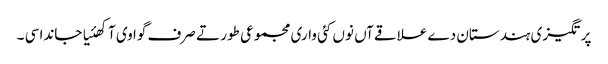
پرتگیزی ہندستان دے علاقےآں نوں کئی واری مجموعی طور تے صرف گوا وی آکھئیا جاندا سی ۔